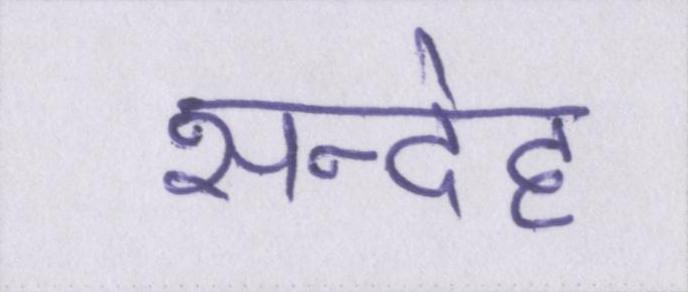
सन्देह